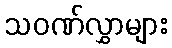
သဝဏ်လွှာများ